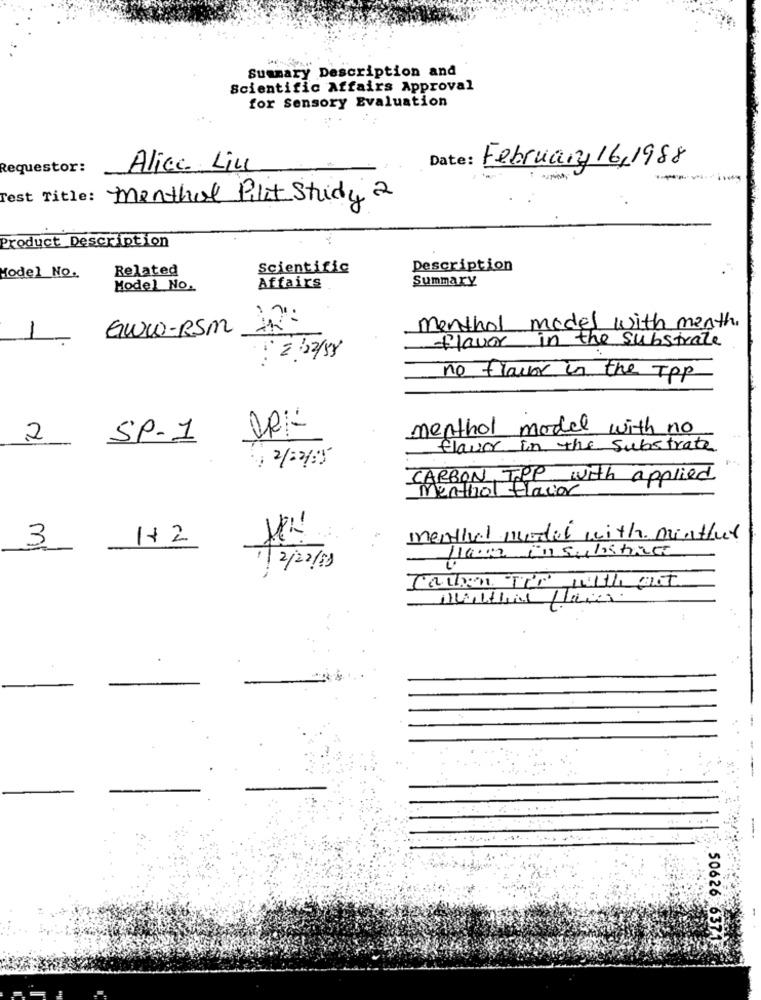
Summary Description and
Scientific Affairs Approval
for Sensory Evaluation
Requestor:
Alicc Liu
Date: February 16,1988
--
Test Title: Menthol Pilot Study 2
Product Description
Related
Scientific
Description
Model No.
Affairs
Summary
Model No.
GWW-RSM
menthol model with menth.
1
flavor in the substrate
: 2 2/88
no flavor in the TPP
ORK-
menthol model with no
2
SP-1
flavor in the substrate
9 2/02/89
CARBON TPP with applied
Menthol Glaciar
1+2
menthal model with minthur
3
Na'02 insulahace
1/2/22/69
50626 6371